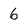
Character: 6